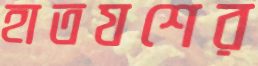
হাতযশের